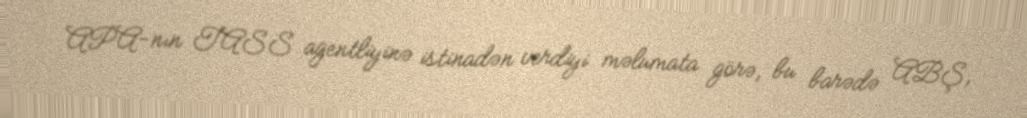
APA-nın TASS agentliyinə istinadən verdiyi məlumata görə, bu barədə ABŞ,